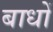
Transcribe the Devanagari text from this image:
बाधों